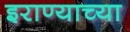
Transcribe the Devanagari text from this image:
इराण्याच्या